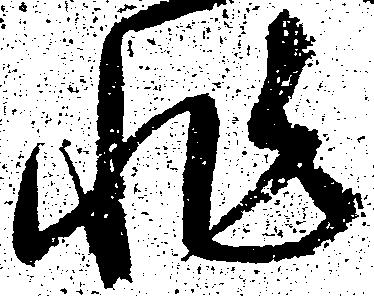
非